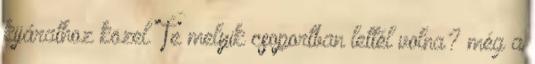
kijárathoz közel. Te melyik csoportban lettél volna? még a